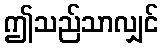
ဤသည်သာလျှင်